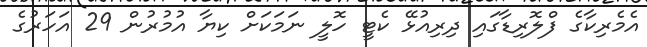
އެމެރިކާގެ ފްލޮރިޑާގައި ދިރިއުޅޭ ކެޓީ ހޮލީ ނަމަކަށް ކިޔާ އުމުރުން 29 އަހަރުގެ